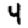
Digit: 4